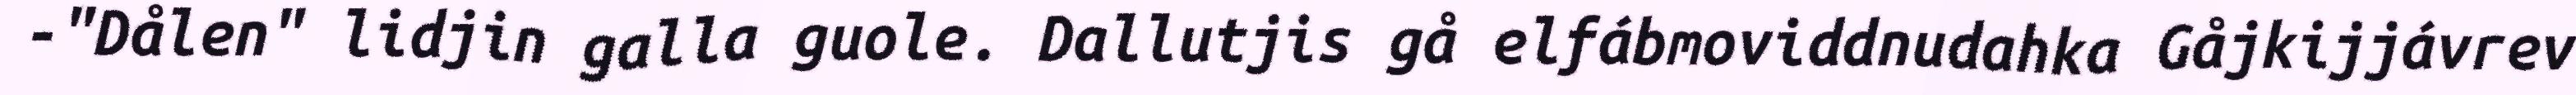
-"Dålen" lidjin galla guole. Dallutjis gå elfábmoviddnudahka Gåjkijjávrev